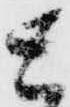
と